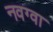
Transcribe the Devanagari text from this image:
नवग्वा